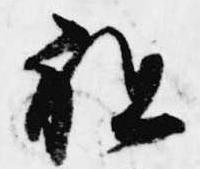
祖